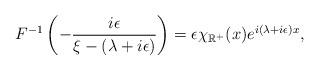
LaTeX: \begin{align*}F^{-1}\left(-\frac{i\epsilon}{\xi-(\lambda+i\epsilon)}\right) = \epsilon\chi_{\mathbb{R}^+}(x)e^{i(\lambda+i\epsilon)x},\end{align*}